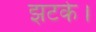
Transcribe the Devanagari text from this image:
झटके।